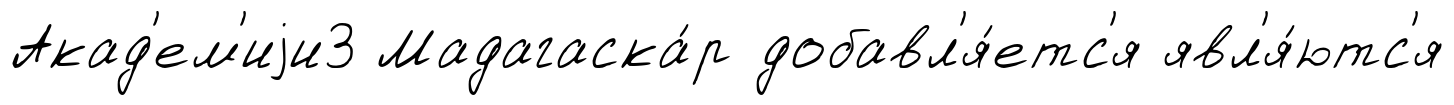
Акад'ем'иjи3 Мадагаска́р добавл'я́етс'я явл'я́ютс'я